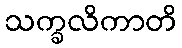
သက္ခလိကာတိ